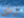
زلق